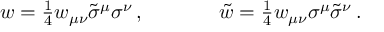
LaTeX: \begin{array} { c c } { { w = \textstyle { \frac { 1 } { 4 } } w _ { \mu \nu } \tilde { \sigma } ^ { \mu } \sigma ^ { \nu } \, , ~ ~ ~ ~ } } & { { ~ ~ ~ ~ \tilde { w } = \textstyle { \frac { 1 } { 4 } } w _ { \mu \nu } \sigma ^ { \mu } \tilde { \sigma } ^ { \nu } \, . } } \end{array}